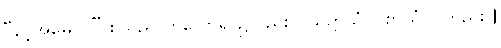
“နင့်အမေ ငါ” စသည် ကလော်ရာ၌လည်း ဝိယတ္တိယံ ဝါစာယံပင်တည်း။]